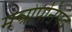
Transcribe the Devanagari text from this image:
मन्त्रोपनिषद